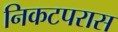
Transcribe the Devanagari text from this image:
निकटपरास